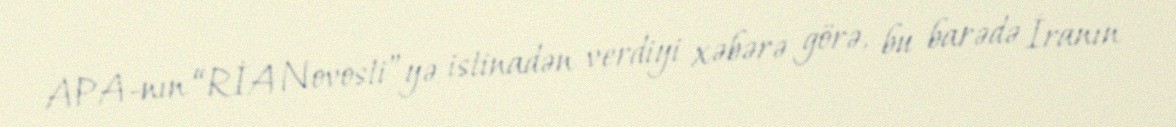
APA-nın “RİA Novosti”yə istinadən verdiyi xəbərə görə, bu barədə İranın